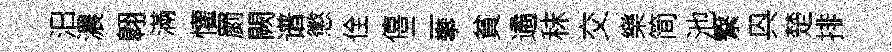
汨濃翺滿懽罽闕谱懲佺僖二攀貧遹秣交樂简池繋㒷楚排